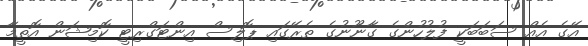
އޭގެ އެއް ސަބަބަކީ ފުލުހުންގެ ގާނޫނުގެ ތެރޭގައި ޕޮލިސް އިންޓަގްރިޓީ ކޮމިޝަން އޮތީމާ